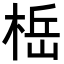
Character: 𬃆